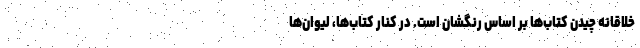
خلاقانه چیدن کتاب‌ها بر اساس رنگشان است. در کنار کتاب‌ها، لیوان‌ها